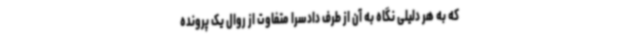
که به هر دلیلی نگاه به آن از طرف دادسرا متفاوت از روال یک پرونده